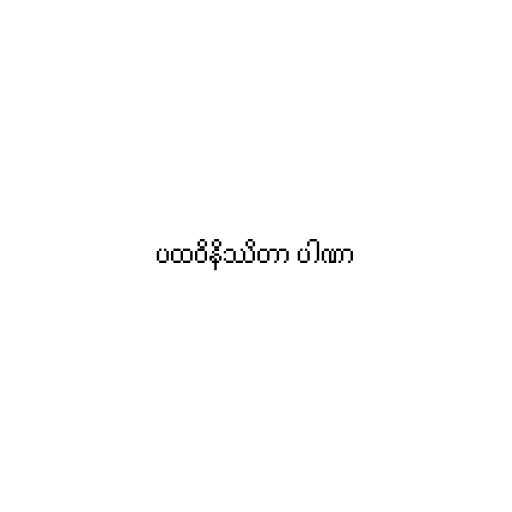
ပထဝိနိဿိတာ ပါဏာ